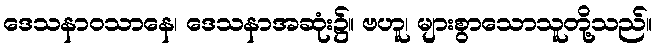
ဒေသနာဝသာနေ၊ ဒေသနာအဆုံး၌။ ဗဟူ၊ များစွာသောသူတို့သည်။